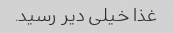
غذا خیلی دیر رسید.